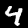
Label: 4